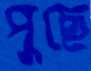
পুছে